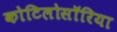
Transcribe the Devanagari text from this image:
कोटिलोसॉरिया